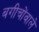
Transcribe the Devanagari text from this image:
बगीचोंवाले